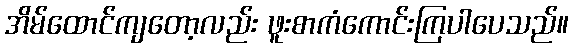
အိမ်ထောင်ကျတော့လည်း ဖူးစာကံကောင်းကြပါပေသည်။